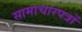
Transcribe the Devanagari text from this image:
सामाचारपत्रों